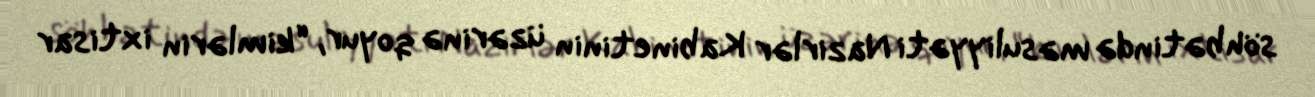
söhbətində məsuliyyəti Nazirlər Kabinetinin üzərinə qoyur, “kimlərin ixtisar